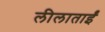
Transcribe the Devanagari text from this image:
लीलाताईं